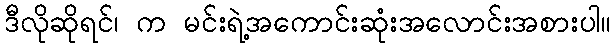
ဒီလိုဆိုရင်၊ က မင်းရဲ့အကောင်းဆုံးအလောင်းအစားပါ။